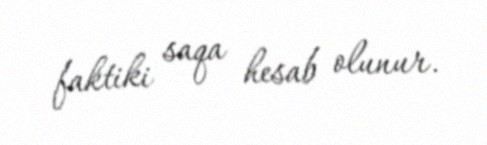
faktiki saqa hesab olunur.